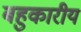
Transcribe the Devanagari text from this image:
बहुकारीय